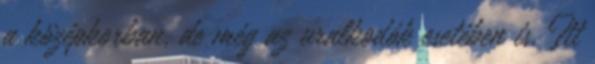
a középkorban, de még az uralkodók esetében is. Itt